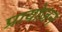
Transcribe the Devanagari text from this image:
प्रायोज़न